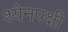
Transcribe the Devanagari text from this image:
श्येनपक्षी